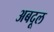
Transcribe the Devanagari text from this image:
अबदूल